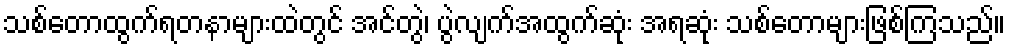
သစ်တောထွက်ရတနာများထဲတွင် အင်တွဲ၊ ပွဲလျက်အထွက်ဆုံး အရဆုံး သစ်တောများဖြစ်ကြသည်။